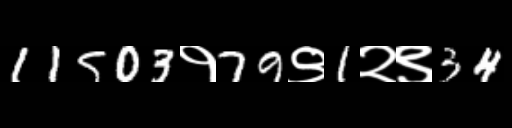
Text: 11503१79९1२९34